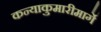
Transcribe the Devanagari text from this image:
कन्याकुमारीमार्गे